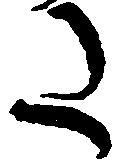
た